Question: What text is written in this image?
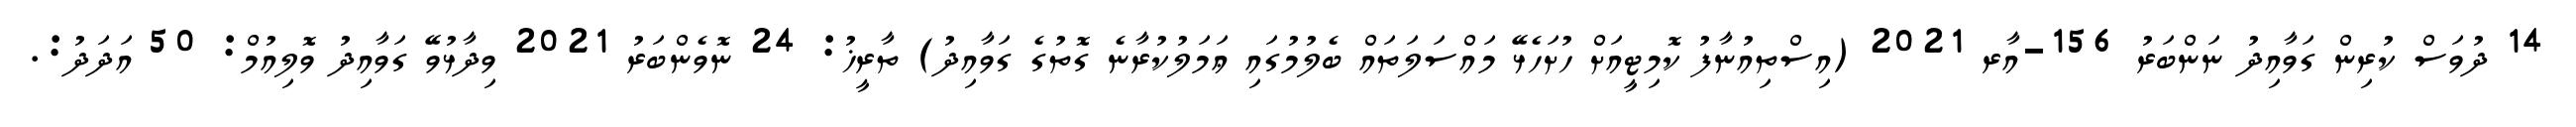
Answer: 14 ދުވަސް ކުރިން ގަވާއިދު ނަންބަރު 156-އާރ 2021 (އިސްތިއުނާފު ކޮމިޓީއަށް ހުށަހެޅޭ މައްސަލަތައް ބެލުމުގައި ޢަމަލުކުރާނެ ގޮތުގެ ގަވާއިދު) ތާރީޚު: 24 ނޮވެންބަރު 2021 ވިދާޅުވޭ ގަވާއިދު ވޮލިއުމް: 50 އަދަދު:.